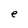
Character: e